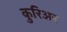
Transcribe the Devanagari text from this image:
कुरिअर